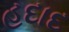
હદાદ